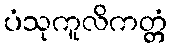
ပံသုကူလိကတ္တံ